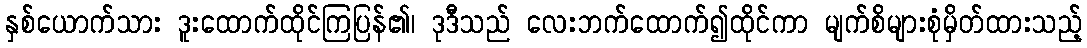
နှစ်ယောက်သား ဒူးထောက်ထိုင်ကြပြန်၏၊ ဒုဒီသည် လေးဘက်ထောက်၍ထိုင်ကာ မျက်စိများစုံမှိတ်ထားသည့်